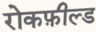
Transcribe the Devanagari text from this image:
रोकफ़ील्ड